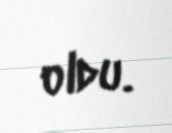
oldu.